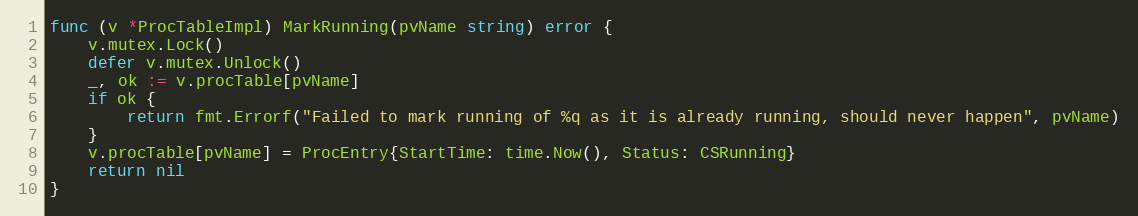
Language: Go
func (v *ProcTableImpl) MarkRunning(pvName string) error {
	v.mutex.Lock()
	defer v.mutex.Unlock()
	_, ok := v.procTable[pvName]
	if ok {
		return fmt.Errorf("Failed to mark running of %q as it is already running, should never happen", pvName)
	}
	v.procTable[pvName] = ProcEntry{StartTime: time.Now(), Status: CSRunning}
	return nil
}